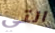
التي